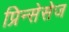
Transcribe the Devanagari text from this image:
प्रिन्सेसेज